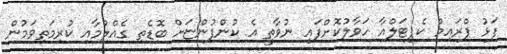
ފަޅު ޕްރައިމް ކެޕިޓަލްއާ ހަވާލުކޮށްފައި ނުވާތީ އެ ކުންފުންޏަށް ބޮޑެތި ގެއްލުމާއި ކުރިމަތިވަމުން